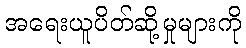
အရေးယူပိတ်ဆို့မှုများကို